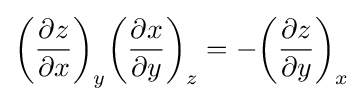
{\left({\frac {\partial z}{\partial x}}\right)}_{y}{\left({\frac {\partial x}{\partial y}}\right)}_{z}=-{\left({\frac {\partial z}{\partial y}}\right)}_{x}